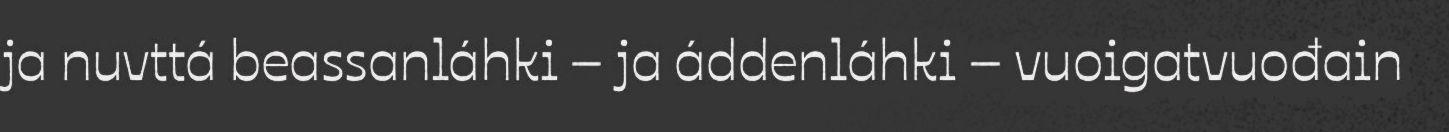
ja nuvttá beassanláhki – ja áddenláhki – vuoigatvuođain